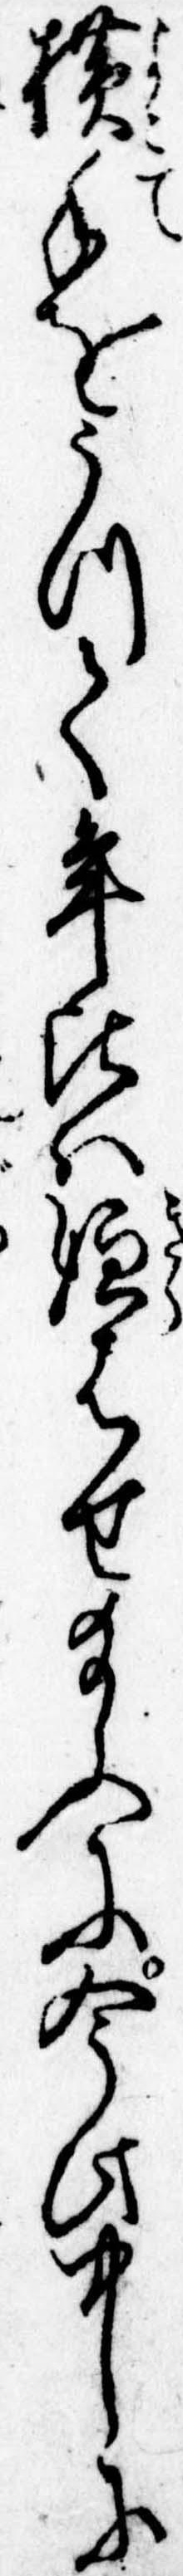
横手をうつて年比は嫌はせ給ふに今此中に